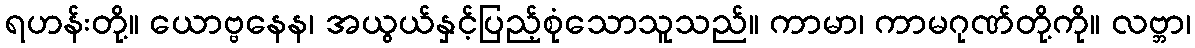
ရဟန်းတို့။ ယောဗ္ဗနေန၊ အယွယ်နှင့်ပြည့်စုံသောသူသည်။ ကာမာ၊ ကာမဂုဏ်တို့ကို။ လဗ္ဘာ၊